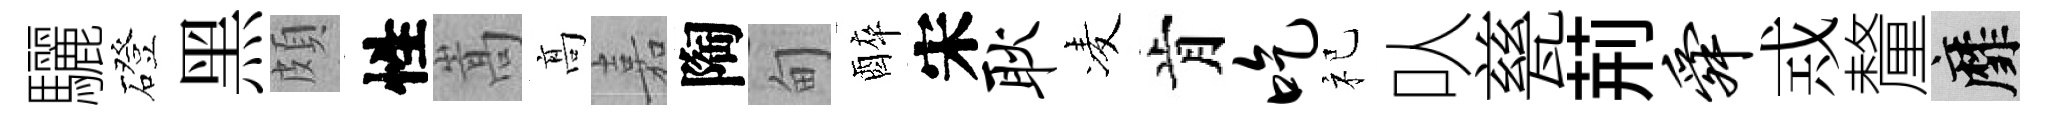
驪磴黑頗性嵩髙嘉陶甸醉宋耿凌肯吃祀㕥甆荊舜𢦶釐靡